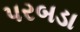
પરબડા